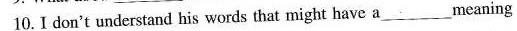
10. I don't understand his words that might have a ___ meaning